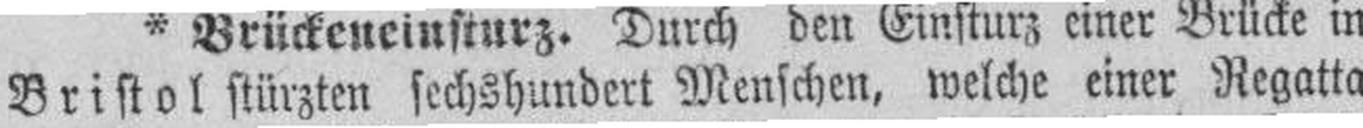
Bristol stürzten sechshundert Menschen, welche einer Regatta